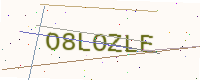
Text: O8LOZLE